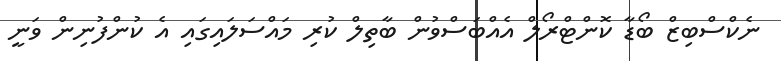
ނެކްސްބިޒް ބޯޑާ ކޮންޓްރޯލް އެއްބަސްވުން ބާތިލް ކުރި މައްސަލައިގައި އެ ކުންފުނިން ވަނީ